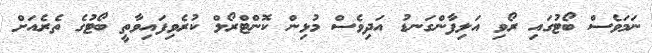
ނަމަވެސް ބޯޓުގައި ރޯވި އަލިފާންގަނޑު އަދިވެސް މުޅިން ކޮންޓްރޯލް ކުރެވިފައިވާތީ ބޯޓުގެ ތެރެއަށް